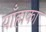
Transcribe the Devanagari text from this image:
याँहाका